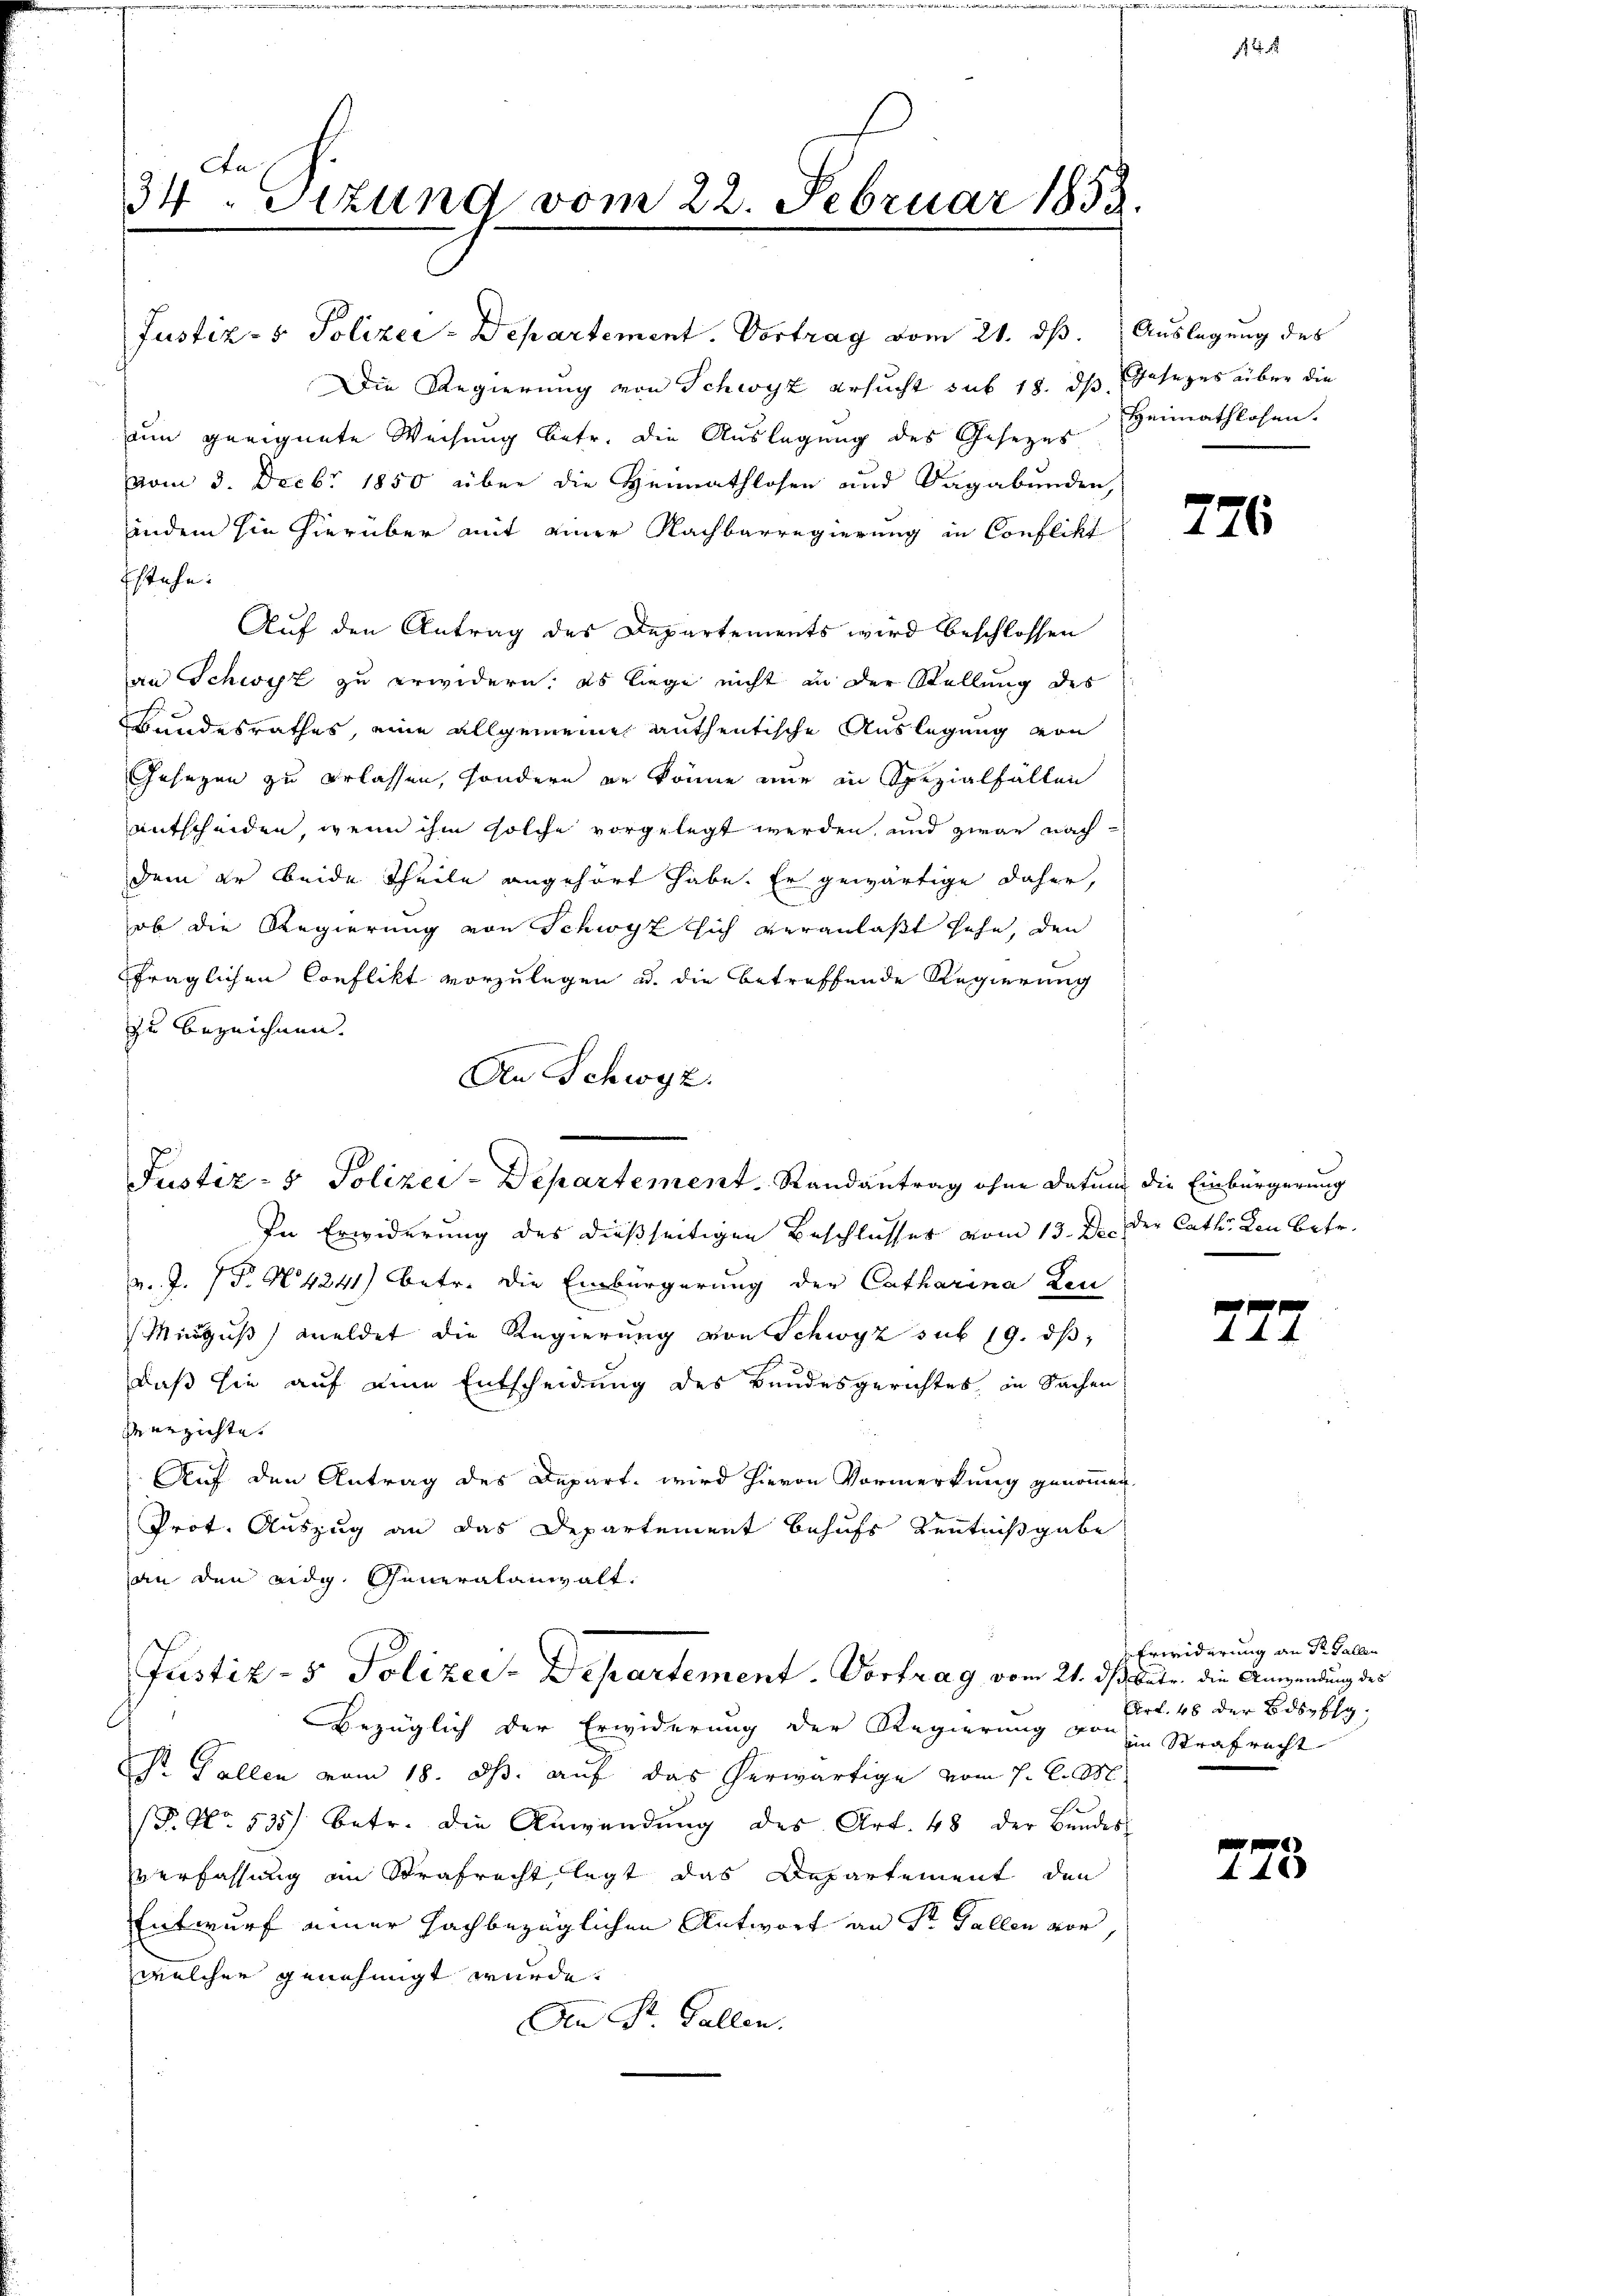
An
34 Stzung vom 22. Februar 1853.

Die Regierung von Schwyz ersucht sub 18. ds Gesezes über die
nn geeignete Weisung betr. die Auslegung des Gesezes
vom 3. Decbr 1850 über die Heimathlosen und Sagabunden,
indem hin hierüber mit einer Nachbarregierung in Conflikt
fstehe.
Auf den Antrag des Departements wird beschlossen
an Schwyz zu erwidern; es liege nicht in der Stellung des
Bundesrathes, eine allgemeine anthentische Auslegung von
Gesezen zu erlassen, sondern er könne nur in Spezialfällen
entscheiden, wenn ihm solche vorgelegt werden, und zwar nach
dem er beide Theile angehört habe. Er gewärtige daher,
ob die Regierung von Schwyz sich veranlaßt sehe, den
fraglichen Conflikt vorzulegen u. die betreffende Regierung
zu bezeichnen. |
An Schwyz.

Justiz- & Polizei-Departement. Vortrag vom 21. ds. Auslegung des

Justiz- & Polizei-Departement. Randantrag ohne Datum die Einbürgerung

In Erwiderung des dießseitigen Beschlusser vom 13. d. der Cath. Von betr.
v. J. P. N. 4241) betr. die Einbürgerung der Catharina Leu
Mingus meldet die Regierung von Schwyz sub 19. dβ,
daß sie auf eine Entscheidung des Bundesgerichtes in Sachen
Verzichte. |
Auf den Antrag des Depart, wird hievon Vormerkung genommen.
Prot. Auszug an das Departement behufs Kenntnißgabe
an den eidg. Generalanwalt¬
Bezüglich der Erwiderung der Regierung von in Strafrecht
St. Gallen vom 18. ds. auf das herwärtige vom 7. d. M.
.
(. No. 535 betr. die Anwendŭng des Art. 48 der Bundes
verfassung in Strafrecht legt das Departement den
Entwurf einer Hachbezüglichen Antwort an Sr. Gallen vor,
welcher genehmigt wurde.
An St. Gallen.

Justiz- & Polizey-Departement. Vortrag vom 21. ds. betr. die Anwendung des

Heimathlosen.

f 2 x

776

44

Erwiderung an Sr. Gallen
Art. 48 der Bdspfig,

e
440